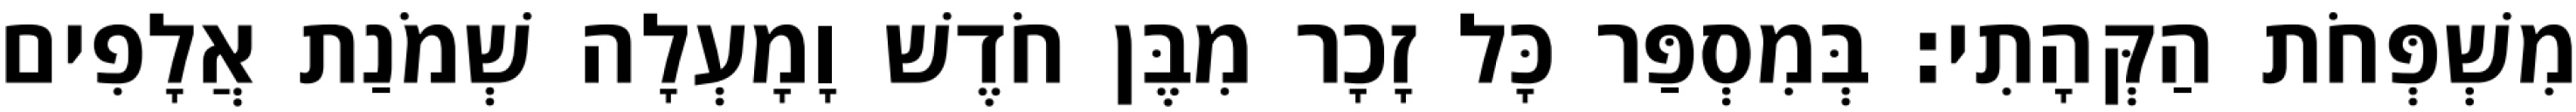
מִשְׁפְּחֹת הַקְּהָתִי׃ בְּמִסְפַּר כָּל זָכָר מִבֶּן חֹדֶשׁ וָמָעְלָה שְׁמֹנַת אֲלָפִים